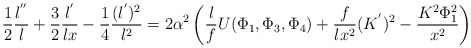
\begin{align*}\frac{1}{2}\frac{l^{''}}{l}+\frac{3}{2}\frac{l^{'}}{l x}-\frac{1}{4}\frac{(l^{'})^2}{l^2}=2\alpha^2 \left(\frac{l}{f}U(\Phi_1,\Phi_3,\Phi_4)+\frac{f}{lx^2}(K^{'})^2-\frac{K^2 \Phi_1^2}{x^2} \right)\end{align*}